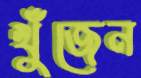
খুঁজেন